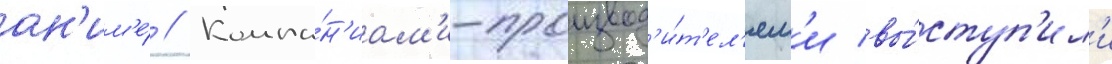
ан'им'е́ // Компа́н'иам'и-производ'и́т'ел'ям'и вы́ступ'ил'и